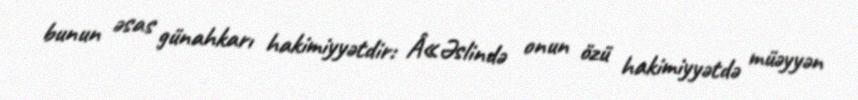
bunun əsas günahkarı hakimiyyətdir: Â«Əslində onun özü hakimiyyətdə müəyyən